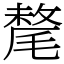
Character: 氂